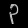
Digit: ၃